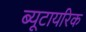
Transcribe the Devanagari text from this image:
ब्यूटायरिक